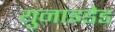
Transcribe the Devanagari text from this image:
युनाइडेड